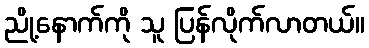
ညို့နောက်ကို သူ ပြန်လိုက်လာတယ်။